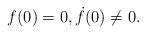
LaTeX: \begin{align*}f(0) = 0, \dot{f}(0) \neq 0.\end{align*}